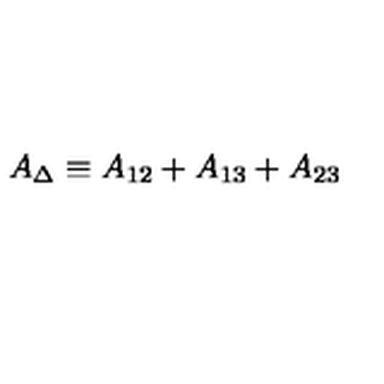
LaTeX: A _ { \Delta } \equiv A _ { 1 2 } + A _ { 1 3 } + A _ { 2 3 }